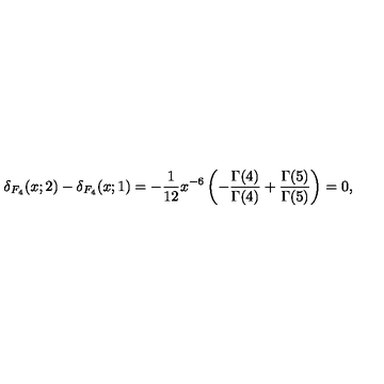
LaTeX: \delta _ { F _ { 4 } } ( x ; 2 ) - \delta _ { F _ { 4 } } ( x ; 1 ) = - { \frac { 1 } { 1 2 } } x ^ { - 6 } \left( - { \frac { \Gamma ( 4 ) } { \Gamma ( 4 ) } } + { \frac { \Gamma ( 5 ) } { \Gamma ( 5 ) } } \right) = 0 ,